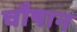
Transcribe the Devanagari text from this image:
चौषान